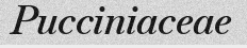
Pucciniaceae